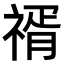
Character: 𥚩